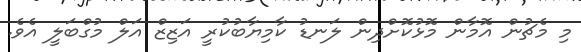
މި މެޗުން އޮމާން މޮޅުކޮށްދިން ލަނޑު ކާމިޔާބުކުރީ އަޒިޒް އަލް މުގްބަލީ އެވެ.